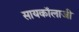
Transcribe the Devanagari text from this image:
सायकॉलाजी